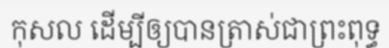
កុសល ដើម្បីឲ្យបានត្រាស់ជាព្រះពុទ្ធ